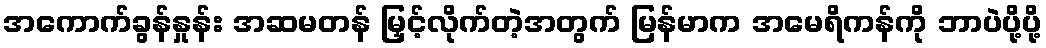
အကောက်ခွန်နှုန်း အဆမတန် မြှင့်လိုက်တဲ့အတွက် မြန်မာက အမေရိကန်ကို ဘာပဲပို့ပို့